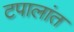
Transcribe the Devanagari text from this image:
टपालांत